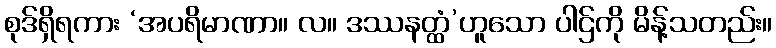
စုဒ်ရှိရကား ‘အပရိမာဏာ။ လ။ ဒဿနတ္ထံ’ဟူသော ပါဌ်ကို မိန့်သတည်း။